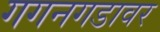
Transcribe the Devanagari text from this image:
गगनगडावर